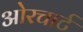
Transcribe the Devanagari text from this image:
ओरचार्ट